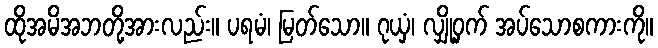
ထိုအမိအဘတို့အားလည်း။ ပရမံ၊ မြတ်သော။ ဂုယှံ၊ လျှို့ဝှက် အပ်သောစကားကို။